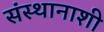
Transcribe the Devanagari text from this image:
संस्थानाशी